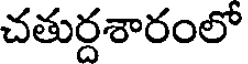
చతుర్దశారంలో